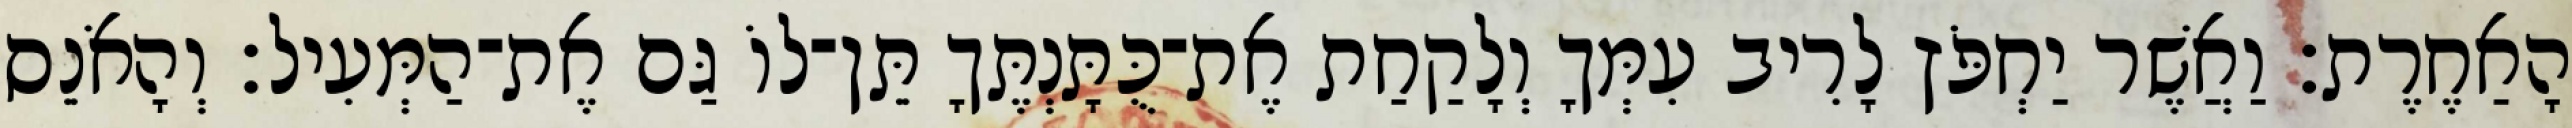
הָאַחֶרֶת׃ וַאֲשֶׁר יַחְפֹּץ לָרִיב עִמְּךָ וְלָקַחַת אֶת־כֻּתָּנְתֶּךָ תֵּן־לוֹ גַּם אֶת־הַמְּעִיל׃ וְהָאֹנֵס